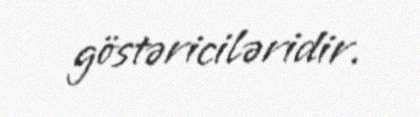
göstəriciləridir.